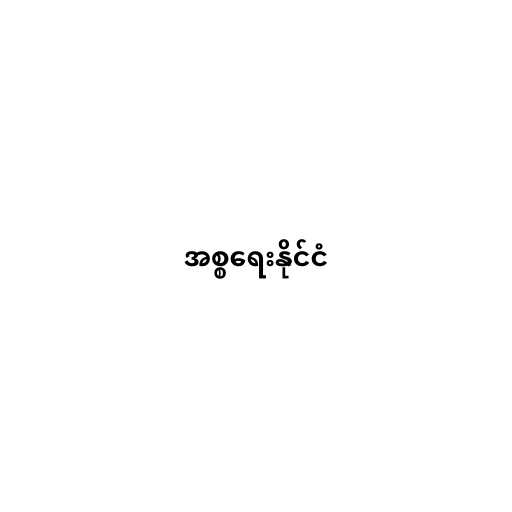
အစ္စရေးနိုင်ငံ